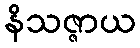
နိသဇ္ဇာယ